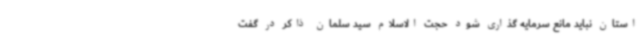
استان نباید مانع سرمایه گذاری شود حجت الاسلام سید سلمان ذاکر در گفت